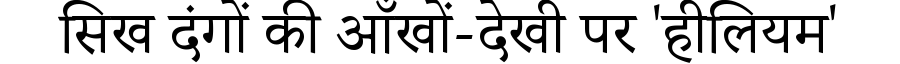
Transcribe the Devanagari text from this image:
सिख दंगों की आँखों-देखी पर 'हीलियम'